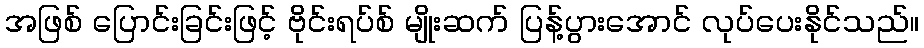
အဖြစ် ပြောင်းခြင်းဖြင့် ဗိုင်းရပ်စ် မျိုးဆက် ပြန့်ပွားအောင် လုပ်ပေးနိုင်သည်။